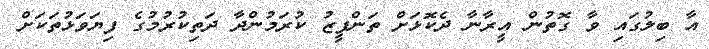
އާ ބިލުގައި ވާ ގޮތުން އީރާނާ ދެކޮޅަށް ތަންފީޒު ކުރަމުންދާ ދަތިކުރުމުގެ ފިޔަވަޅުތަކަށް